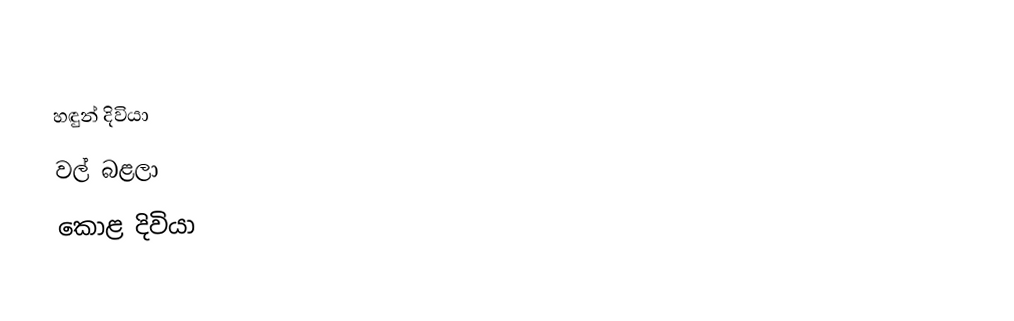
හඳුන් දිවියා
වල් බළලා
කොළ දිවියා